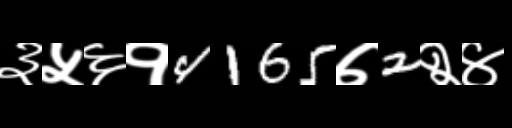
Text: ३५६१4165७2२४